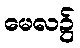
မေလ၌